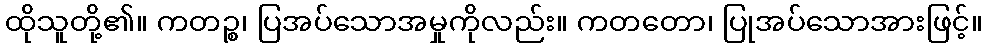
ထိုသူတို့၏။ ကတဉ္စ၊ ပြအပ်သောအမှုကိုလည်း။ ကတတော၊ ပြုအပ်သောအားဖြင့်။